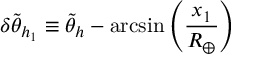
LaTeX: \delta \tilde { \theta } _ { h _ { 1 } } \equiv \tilde { \theta } _ { h } - \arcsin { \left( { \frac { x _ { 1 } } { R _ { \oplus } } } \right) }